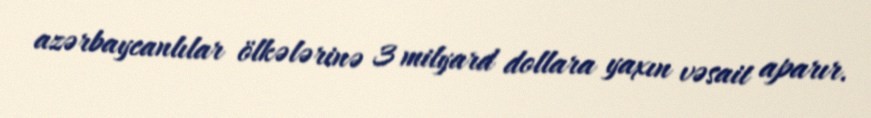
azərbaycanlılar ölkələrinə 3 milyard dollara yaxın vəsait aparır.